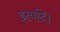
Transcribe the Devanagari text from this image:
इत्यदि।